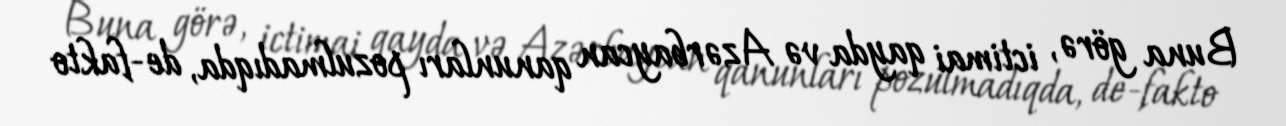
Buna görə, ictimai qayda və Azərbaycan qanunları pozulmadıqda, de-fakto